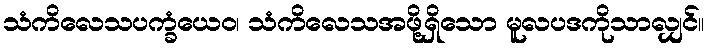
သံကိလေသပက္ခံယေဝ၊ သံကိလေသအဖို့ရှိသော မူလပဒကိုသာလျှင်။